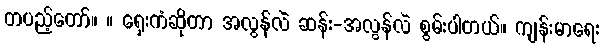
တပည့်တော်။ ။ ရှေးကံဆိုတာ အလွန်လဲ ဆန်း-အလွန်လဲ စွမ်းပါတယ်။ ကျန်းမာရေး